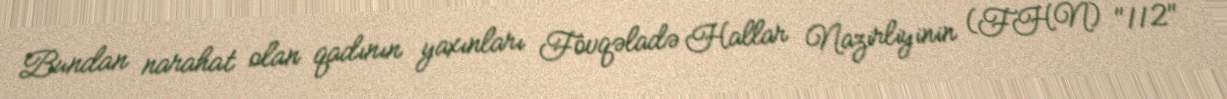
Bundan narahat olan qadının yaxınları Fövqəladə Hallar Nazirliyinin (FHN) "112"